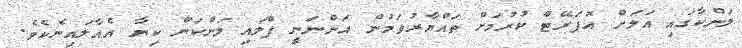
ލަންކާގައި އަލަަށް އޮޕަރޭޓް ކުރުމަށް ތައްޔާރުވަމުން އަންނަނީ ފްލައި ލަންކަން ކިޔާ އެއާލައިނެކެވެ.